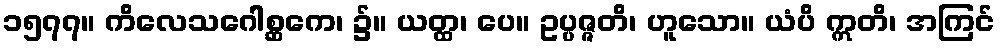
၁၅၇၇။ ကိလေသဂေါစ္ဆကေ၊ ၌။ ယတ္ထ၊ ပေ။ ဥပ္ပဇ္ဇတိ၊ ဟူသော။ ယံပိ ဣတိ၊ အကြင်